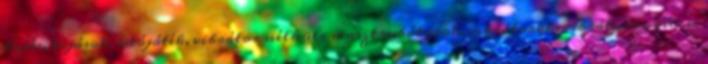
tojás, tojások, utójáték, vibrátor nélküli masztrubátorok, vibrátorok, vibrátoros, vicces